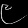
Digit: ၉